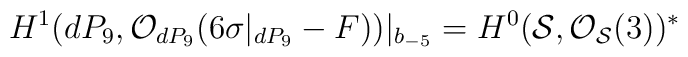
H^{1} (dP_9, {\cal O}_{dP_9} (6 \sigma|_{dP_9} -F))|_{b_{-5}} =H^{0} ({\cal S}, {\cal O}_{{\cal S}} (3))^{*}